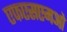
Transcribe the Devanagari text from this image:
एफएसएमओ